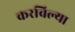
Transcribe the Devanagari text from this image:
करविल्या